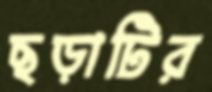
ছড়াটির